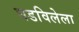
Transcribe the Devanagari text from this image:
घडविलेला